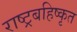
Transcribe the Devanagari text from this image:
राष्ट्रबहिष्कृत